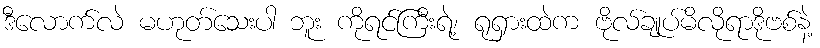
ဒီလောက်လဲ မဟုတ်သေးပါ ဘူး ကိုရင်ကြီးရဲ့၊ ရုရှားထဲက ဗိုလ်ချုပ်မိလိုရာဒိုဗစ်နဲ့